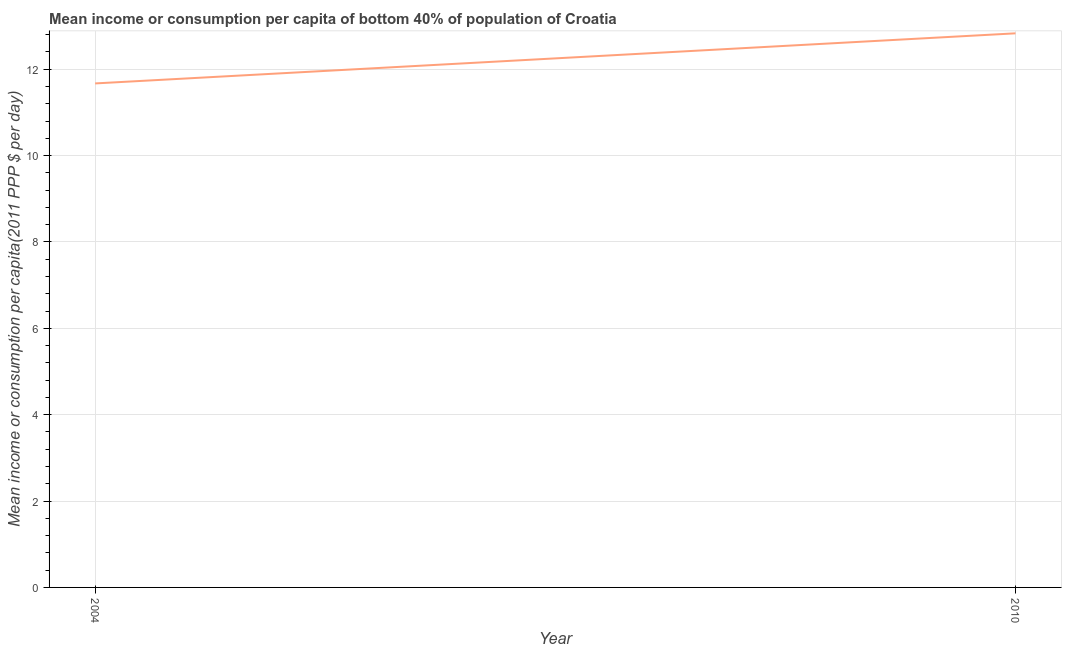
| Year | Bottom 40percent |
 | --- | --- |
 | 2004 | 11.7 |
 | 2010 | 12.8 |